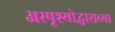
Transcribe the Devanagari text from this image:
अस्पृश्योद्धाराच्या